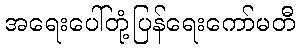
အရေးပေါ်တုံ့ပြန်ရေးကော်မတီ